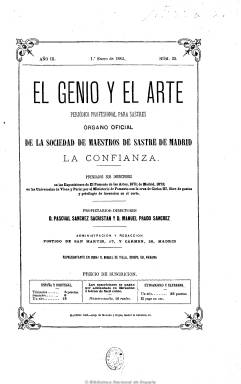
Título: El Genio y el arte
Colección: Oficios varios || Moda
Ámbito geográfico: Madrid
Lugar de publicación: Madrid
Fechas: 01/01/1883-18/12/1888

Revista profesional, órgano oficial de Maestros de Sastre de Madrid ‘La Confianza’, de periodicidad mensual, que aparece por la unión de los periódicos El genio y El arte. Sus propietarios-directores son Pascual Sánchez Sacristán, sastre de cámara de S.M. el Rey, y Manuel Prado Sánchez. Este venderá sus acciones al primero en 1884, quedando Sacristán como único propietario y director.

De ocho páginas, incluye una lámina separada de figurines en cada número, así como dibujos de patrones, con una descripción y explicación de la plantilla. Publica también una crónica de modas, una sección de corte y hechura, noticias varias sobre la sastrería española y sobre las materias y fabricación de tejidos, etc., así como poemas y cuentos. La última página estaba dedicada a los anuncios de este sector profesional.